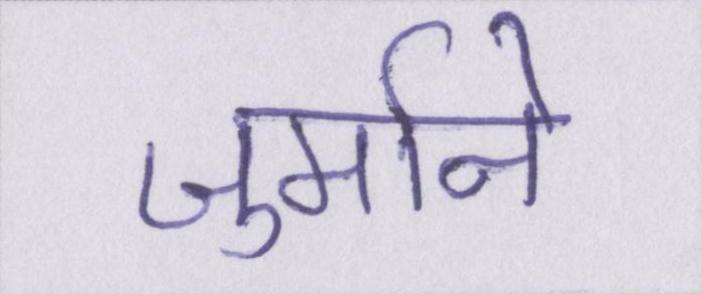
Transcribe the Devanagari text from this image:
जुर्माने